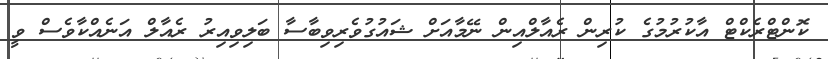
ކޮންޓްރެކްޓް އާކުރުމުގެ ކުރިން ރެއާލްއިން ނޭމާއަށް ޝައުގުވެރިވިބާސާ ބަލިވިއިރު ރެއާލް އަނެއްކާވެސް ވީ